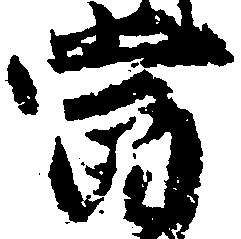
当